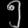
Digit: ၅